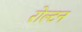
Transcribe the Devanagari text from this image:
रोल्टन